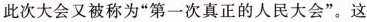
此次大会又被称为”第一次真正的人民大会”。这